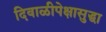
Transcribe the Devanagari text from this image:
दिवाळीपेक्षासुद्धा